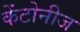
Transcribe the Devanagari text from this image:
केंटोनीज